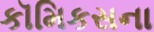
કૉમિકસના